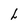
Character: h